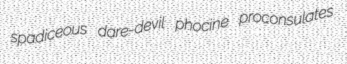
spadiceous dare-devil phocine proconsulates